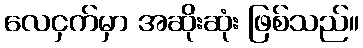
လေငှက်မှာ အဆိုးဆုံး ဖြစ်သည်။